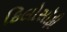
ફિલોસૉફી